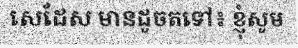
សេដែស មានដូចតទៅ៖ ខ្ញុំសូម